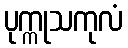
ပုက္ကုသကုလံ